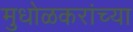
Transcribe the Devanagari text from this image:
मुधोळकरांच्या